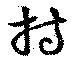
特